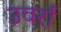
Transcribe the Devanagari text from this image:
उवर्रा